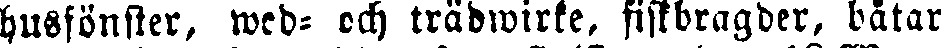
husfönster, wed- cch trädwirke, fistbragder, båtar